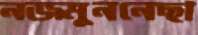
নজমুননেছা